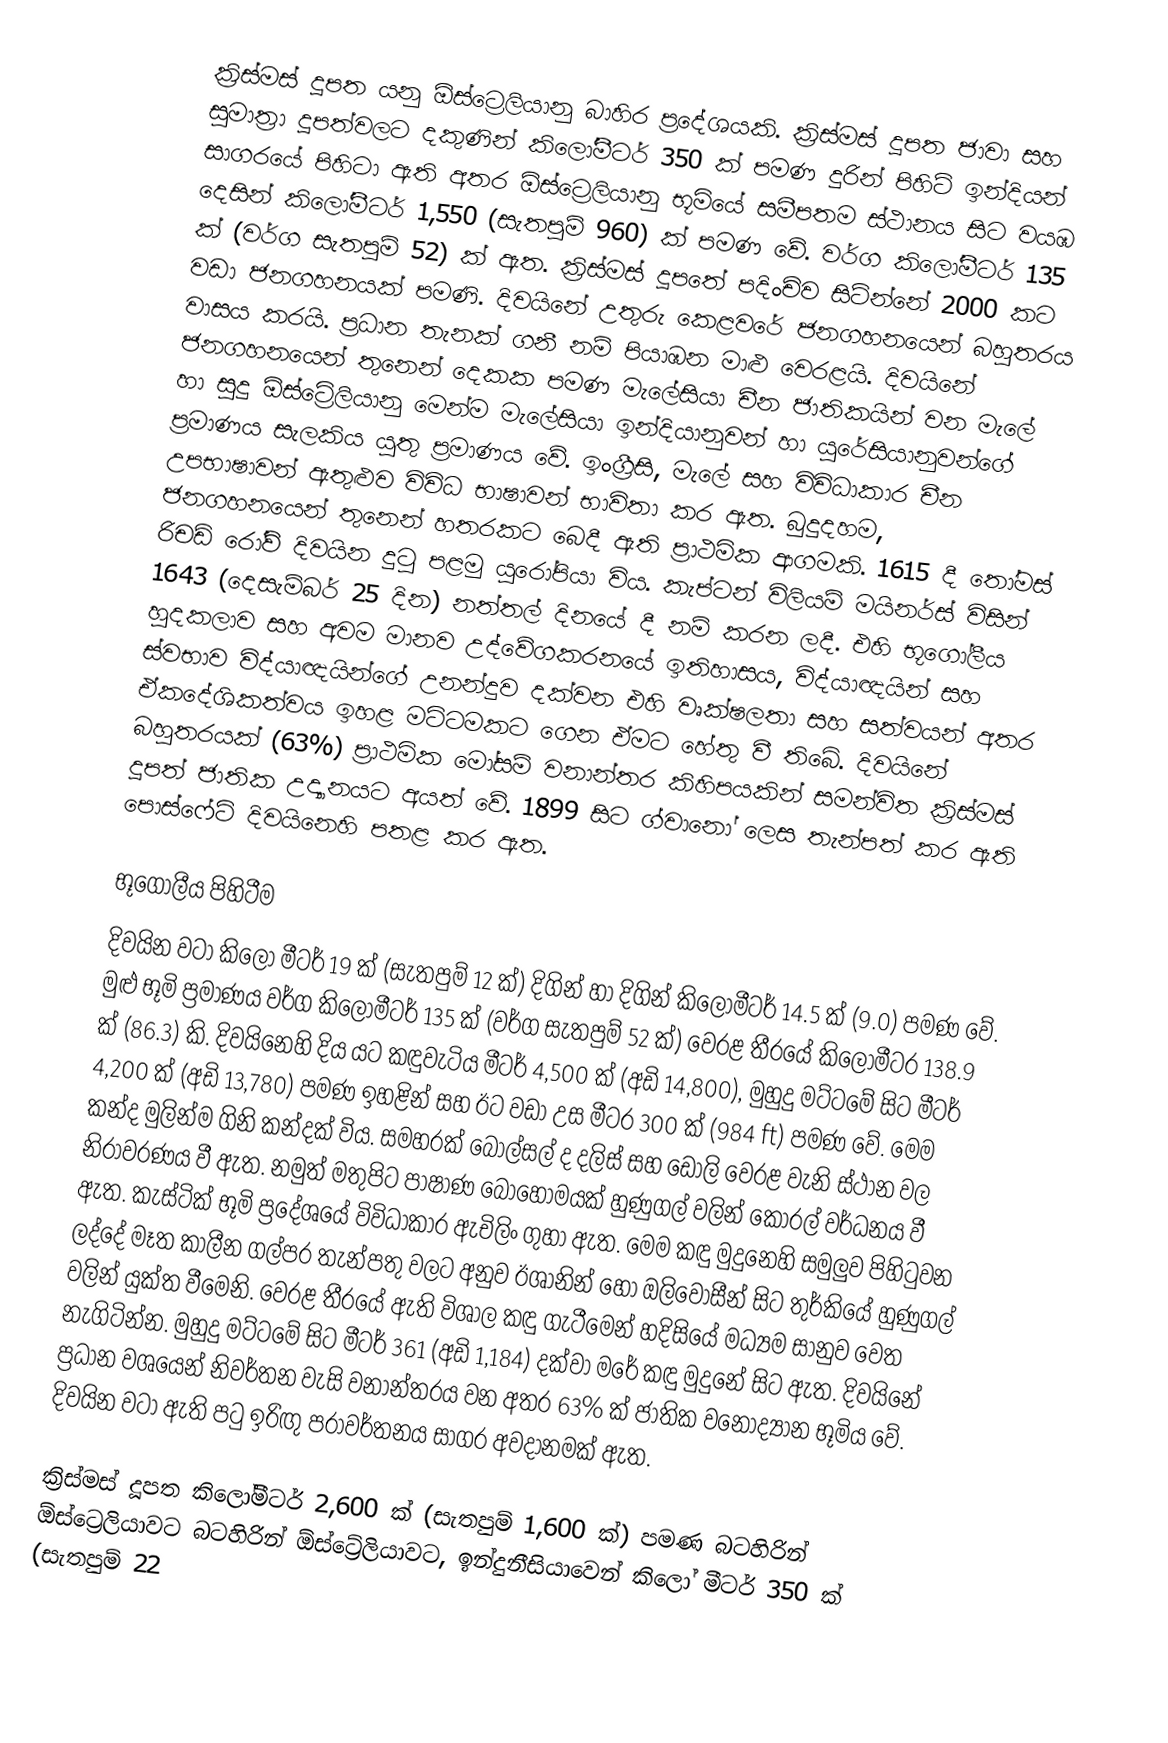
ක්‍රිස්මස් දූපත යනු ඕස්ට්‍රෙලියානු බාහිර ප්‍රදේශයකි. ක්‍රිස්මස් දූපත ජාවා සහ සුමාත්‍රා දූපත්වලට දකුණින් කිලෝමීටර් 350 ක් පමණ දුරින් පිහිටි ඉන්දියන් සාගරයේ පිහිටා ඇති අතර ඕස්ට්‍රෙලියානු භූමියේ සමීපතම ස්ථානය සිට වයඹ දෙසින් කිලෝමීටර් 1,550 (සැතපුම් 960) ක් පමණ වේ. වර්ග කිලෝමීටර් 135 ක් (වර්ග සැතපුම් 52) ක් ඇත. ක්‍රිස්මස් දූපතේ පදිංචිව සිටින්නේ 2000 කට වඩා ජනගහනයක් පමණි. දිවයිනේ උතුරු කෙළවරේ ජනගහනයෙන් බහුතරය වාසය කරයි. ප්‍රධාන තැනක් ගනී නම් පියාඹන මාළු වෙරළයි. දිවයිනේ ජනගහනයෙන් තුනෙන් දෙකක පමණ මැලේසියා චීන ජාතිකයින් වන මැලේ හා සුදු ඕස්ට්‍රේලියානු මෙන්ම මැලේසියා ඉන්දියානුවන් හා යුරේසියානුවන්ගේ ප්‍රමාණය සැලකිය යුතු ප්‍රමාණය වේ. ඉංග්‍රීසි, මැලේ සහ විවිධාකාර චීන උපභාෂාවන් ඇතුළුව විවිධ භාෂාවන් භාවිතා කර ඇත. බුදුදහම, ජනගහනයෙන් තුනෙන් හතරකට බෙදී ඇති ප්‍රාථමික ආගමකි. 1615 දී තෝමස් රිචඩ් රෝව් දිවයින දුටු පළමු යුරෝපියා විය. කැප්ටන් විලියම් මයිනර්ස් විසින් 1643 (දෙසැම්බර් 25 දින) නත්තල් දිනයේ දී නම් කරන ලදී. එහි භූගෝලීය හුදකලාව සහ අවම මානව උද්වේගකරනයේ ඉතිහාසය, විද්යාඥයින් සහ ස්වභාව විද්යාඥයින්ගේ උනන්දුව දක්වන එහි වෘක්ෂලතා සහ සත්වයන් අතර ඒකදේශිකත්වය ඉහළ මට්ටමකට ගෙන ඒමට හේතු වී තිබේ. දිවයිනේ බහුතරයක් (63%) ප්‍රාථමික මෝසම් වනාන්තර කිහිපයකින් සමන්විත ක්‍රිස්මස් දූපත් ජාතික උද්‍යානයට අයත් වේ. 1899 සිට ග්වානෝ ලෙස තැන්පත් කර ඇති පොස්ෆේට් දිවයිනෙහි පතළ කර ඇත.

භූගෝලීය පිහිටීම
දිවයින වටා කිලෝ මීටර් 19 ක් (සැතපුම් 12 ක්) දිගින් හා දිගින් කිලෝමීටර් 14.5 ක් (9.0) පමණ වේ. මුළු භූමි ප්‍රමාණය වර්ග කිලෝමීටර් 135 ක් (වර්ග සැතපුම් 52 ක්) වෙරළ තීරයේ කිලෝමීටර 138.9 ක් (86.3) කි. දිවයිනෙහි දිය යට කඳුවැටිය මීටර් 4,500 ක් (අඩි 14,800), මුහුදු මට්ටමේ සිට මීටර් 4,200 ක් (අඩි 13,780) පමණ ඉහළින් සහ ඊට වඩා උස මීටර 300 ක් (984 ft) පමණ වේ. මෙම කන්ද මුලින්ම ගිනි කන්දක් විය. සමහරක් බෝල්සල් ද දලිස් සහ ඩොලි වෙරළ වැනි ස්ථාන වල නිරාවරණය වී ඇත. නමුත් මතුපිට පාෂාණ බොහෝමයක් හුණුගල් වලින් කොරල් වර්ධනය වී ඇත. කැස්ටික් භූමි ප්‍රදේශයේ විවිධාකාර ඇචිලිං ගුහා ඇත.  මෙම කඳු මුදුනෙහි සමුලුව පිහිටුවන ලද්දේ මෑත කාලීන ගල්පර තැන්පතු වලට අනුව ඊශානින් හෝ ඔලිවොසීන් සිට තුර්කියේ හුණුගල් වලින් යුක්ත වීමෙනි. වෙරළ තීරයේ ඇති විශාල කඳු ගැටීමෙන් හදිසියේ මධ්‍යම සානුව වෙත නැගිටින්න. මුහුදු මට්ටමේ සිට මීටර් 361 (අඩි 1,184) දක්වා මරේ කඳු මුදුනේ සිට ඇත. දිවයිනේ ප්‍රධාන වශයෙන් නිවර්තන වැසි වනාන්තරය වන අතර 63% ක් ජාතික වනෝද්‍යාන භූමිය වේ. දිවයින වටා ඇති පටු ඉරිඟු පරාවර්තනය සාගර අවදානමක් ඇත.

ක්‍රිස්මස් දූපත කිලෝමීටර් 2,600 ක් (සැතපුම් 1,600 ක්) පමණ බටහිරින් ඕස්ට්‍රෙලියාවට බටහිරින් ඕස්ට්‍රේලියාවට, ඉන්දුනීසියාවෙන් කිලෝ මීටර් 350 ක් (සැතපුම් 22